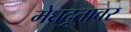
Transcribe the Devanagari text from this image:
मेघदूतावर